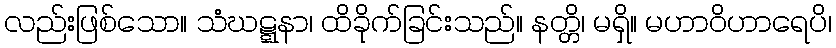
လည်းဖြစ်သော။ သံဃဋ္ဋနာ၊ ထိခိုက်ခြင်းသည်။ နတ္တိ၊ မရှိ။ မဟာဝိဟာရေပိ၊